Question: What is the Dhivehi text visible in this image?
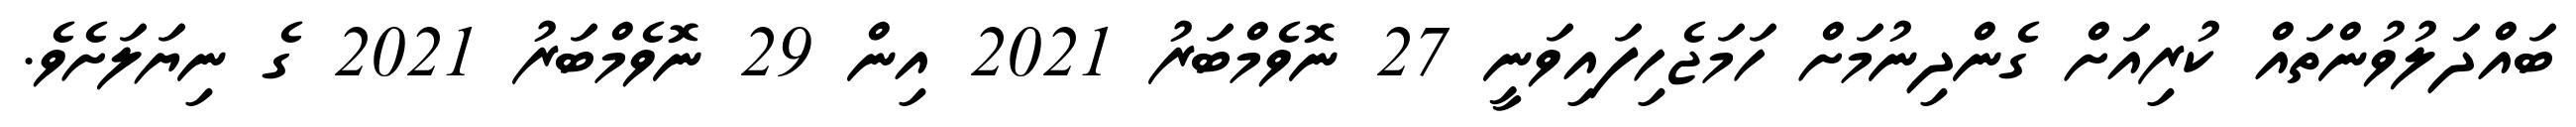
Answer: ބައްދަލުވުންތައް ކުރިއަށް ގެންދިނުމަށް ހަމަޖެހިފައިވަނީ 27 ނޮވެމްބަރު 2021 އިން 29 ނޮވެމްބަރު 2021 ގެ ނިޔަލަށެވެ.